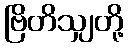
ဗြိတိသျှတို့